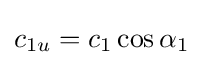
c_{1u}=c_{1}\cos \alpha _{1}